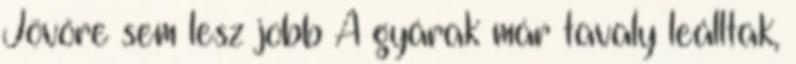
Jövőre sem lesz jobb A gyárak már tavaly leálltak,